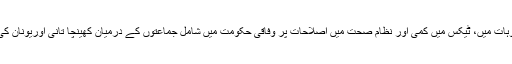
خيال ہے کہ صوبے نارتھ رائن ويسٹ فيليا ميں سی ڈی يو کی ناکامی کی وجوہات ميں، ٹيکس ميں کمی اور نظام صحت ميں اصلاحات پر وفاقی حکومت ميں شامل جماعتوں کے درميان کھينچا تانی اوريونان کی مدد کا چانسلر میرکل کے فیصلے کا عوام ميں بہت غيرمقبول ہونا شامل ہيں۔